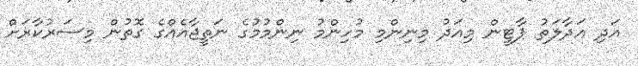
އަދި އަދާލަތު ޕާޓީން މިއަދު މިނިންމި މުހިންމު ނިންމުމުގެ ނަތީޖާއެއްގެ ގޮތުން މިސަރުކާރަށް